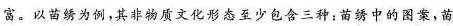
富。以苗绣为例，其非物质文化形态至少包含三种:苗绣中的图案，苗